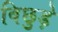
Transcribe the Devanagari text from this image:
बिछुड़े